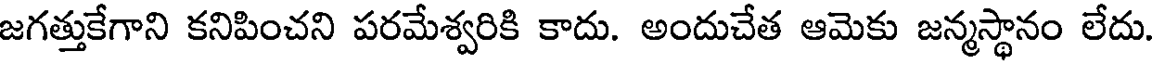
జగత్తుకేగాని కనిపించని పరమేశ్వరికి కాదు. అందుచేత ఆమెకు జన్మస్థానం లేదు.